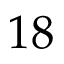
1 8